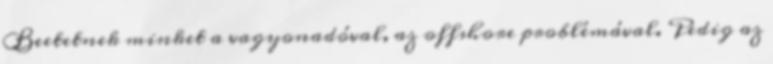
Beetetnek minket a vagyonadóval, az offshore problémával. Pedig az